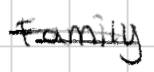
Text: Family
Cross-out: double-line
Writing tool: digital_black